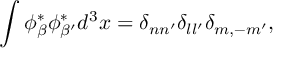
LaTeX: \int \phi _ { \beta } ^ { \ast } \phi _ { \beta ^ { \prime } } ^ { \ast } d ^ { 3 } x = \delta _ { n n ^ { \prime } } \delta _ { l l ^ { \prime } } \delta _ { m , - m ^ { \prime } } ,